Civil Veterinary Dept. Bombay admin report 1893-99 - 1893-1899
Year: 1893
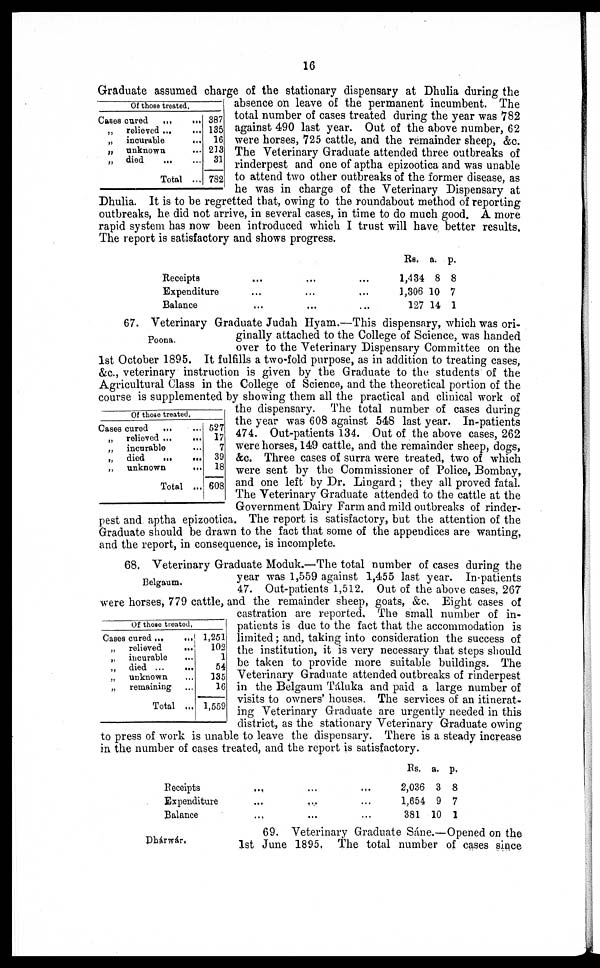
16
Of those treated.
Cases cured
...
„
relieved ...
„
incurable
„ unknown.
„
died …
Total
…
…
…
…
…
…
387
135
16
213
31
789
Graduate assumed charge of the stationary dispensary at Dhulia during the
absence on leave of the permanent incumbent. The
total number of cases treated during the year was 782
against 490 last year. Out of the above number, 62
were horses, 725 cattle, and the remainder sheep, &c.
The Veterinary Graduate attended three outbreaks of
rinderpest and one of aptha epizootica and was unable
to attend two other outbreaks of the former disease, as
he was in charge of the Veterinary Dispensary at
Dhulia. It is to be regretted that, owing to the roundabout method of reporting
outbreaks, he did not arrive, in several cases, in time to do much good. A more
rapid system has now been introduced which I trust will have better results.
The report is satisfactory and shows progress.
Receipts
Expenditure
Balance
...
...
...
…
…
...
...
…
...
Rs.
1,434
1,306
127
a.
8
10
14
p.
8
7
1
Poona.
67. Veterinary Graduate Judah Hyam.—This dispensary, which was ori-
ginally attached to the College of Science, was handed
over to the Veterinary Dispensary Committee on the
1st October 1895. It fulfills a two-fold purpose, as in addition to treating cases,
&c., veterinary instruction is given by the Graduate to the students of the
Agricultural Class in the College of Science, and the theoretical portion of the
course is supplemented by showing them all the practical and clinical work of
the dispensary. The total number of cases during
the year was 608 against 548 last year. In-patients
474. Out-patients 134. Out of the above cases, 262
were horses, 149 cattle, and the remainder sheep, dogs,
&c. Three cases of surra were treated, two of which
were sent by the Commissioner of Police, Bombay,
and one left by Dr. Lingard ; they all proved fatal.
The Veterinary Graduate attended to the cattle at the
Government Dairy Farm and mild outbreaks of rinder-
pest and aptha epizootica. The report is satisfactory, but the attention of the
Graduate should be drawn to the fact that some of the appendices are wanting,
and the report, in consequence, is incomplete.
Of those treated.
Cases cured
...
„
relieved ...
„
incurable
„
died …
„
unknown
Total
…
...
...
...
...
...
527
17
7
39
18
608
Belgaum.
68. Veterinary Graduate Moduk.—The total number of cases during the
year was 1,559 against 1,455 last year. In-patients
47. Out-patients 1,512. Out of the above cases, 267
were horses, 779 cattle, and the remainder sheep, goats, &c. Eight cases of
castration are reported. The small number of in-
patients is due to the fact that the accommodation is
limited ; and, taking into consideration the success of
the institution, it is very necessary that steps should
be taken to provide more suitable buildings. The
Veterinary Graduate attended outbreaks of rinderpest
in the Belgaum Táluka and paid a large number of
visits to owners' houses. The services of an itinerat-
ing Veterinary Graduate are urgently needed in this
district, as the stationary Veterinary Graduate owing
to press of work is unable to leave the dispensary. There is a steady increase
in the number of cases treated, and the report is satisfactory.
Of those treated.
Cases cured ... …
„
relieved
...
„
incurable …
„
died ... …
„
unknown …
„
remaining …
Total ...
1,251
102
1
54
135
16
1,559
Receipts
Expenditure
Balance
...
...
...
...
...
...
…
…
...
Rs.
2,036
1,654
381
a.
3
9
10
p.
8
7
1
Dhárwár,
69. Veterinary Graduate Sáne.—Opened on the
1st June 1895. The total number of cases since